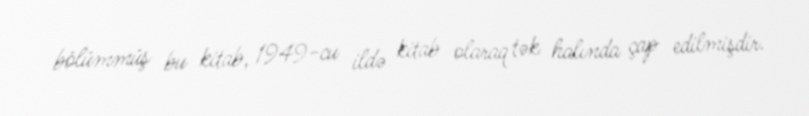
bölümmüş bu kitab, 1949-cu ildə kitab olaraq tək halında çap edilmişdir.